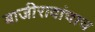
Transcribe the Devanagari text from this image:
बाजीरावांचाच